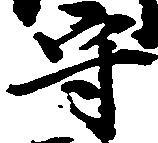
守